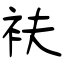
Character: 衭